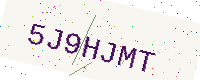
Text: 5J9HJMT